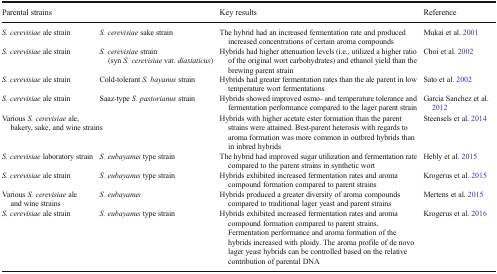
| <COLSPAN=2> Parental strains | Key results | Reference |
 | --- | --- | --- | --- |
 | S. cerevisiae ale strain | S. cerevisiae sake strain | The hybrid had an increased fermentation rate and produced increased concentrations of certain aroma compounds | Mukai et al. 2001 |
 | S. cerevisiae ale strain | S. cerevisiae strain (syn S. cerevisiae var. diastaticus) | Hybrids had higher attenuation levels (i.e., utilized a higher ratio of the original wort carbohydrates) and ethanol yield than the brewing parent strain | Choi et al. 2002 |
 | S. cerevisiae ale strain | Cold-tolerant S. bayanus strain | Hybrids had greater fermentation rates than the ale parent in low temperature wort fermentations | Sato et al. 2002 |
 | S. cerevisiae ale strain | Saaz-type S. pastorianus strain | Hybrids showed improved osmo- and temperature tolerance and fermentation performance compared to the lager parent strain | Garcia Sanchez et al. 2012 |
 | <COLSPAN=2> Various S. cerevisiae ale, bakery, sake, and wine strains | Hybrids with higher acetate ester formation than the parent strains were attained. Best-parent heterosis with regards to aroma formation was more common in outbred hybrids than in inbred hybrids | Steensels et al. 2014 |
 | S. cerevisiae laboratory strain | S. eubayanus type strain | The hybrid had improved sugar utilization and fermentation rate compared to the parent strains in synthetic wort | Hebly et al. 2015 |
 | S. cerevisiae ale strain | S. eubayanus type strain | Hybrids exhibited increased fermentation rates and aroma compound formation compared to parent strains | Krogerus et al. 2015 |
 | Various S. cerevisiae ale and wine strains | S. eubayanus | Hybrids produced a greater diversity of aroma compounds compared to traditional lager yeast and parent strains | Mertens et al. 2015 |
 | S. cerevisiae ale strain | S. eubayanus type strain | Hybrids exhibited increased fermentation rates and aroma compound formation compared to parent strains. Fermentation performance and aroma formation of the hybrids increased with ploidy. The aroma profile of de novo lager yeast hybrids can be controlled based on the relative contribution of parental DNA | Krogerus et al. 2016 |